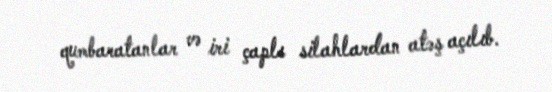
qumbaratanlar və iri çaplı silahlardan atəş açılıb.